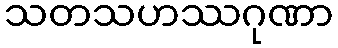
သတသဟဿဂုဏာ